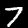
Label: 7